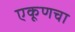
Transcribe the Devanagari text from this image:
एकूणचा